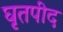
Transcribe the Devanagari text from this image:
घृतपीद